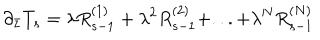
\partial _ { \bar { z } } T _ { s } = \lambda R _ { s - 1 } ^ { ( 1 ) } + \lambda ^ { 2 } R _ { s - 1 } ^ { ( 2 ) } + . . . + \lambda ^ { N } R _ { s - 1 } ^ { ( N ) }